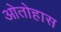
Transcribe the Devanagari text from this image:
ओतोहास